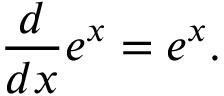
{ \frac { d } { d x } } e ^ { x } = e ^ { x } .